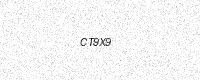
Text: CT9X9